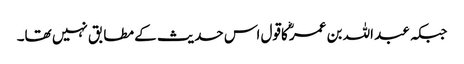
جبکہ عبد اللہ بن عمرؓ کاقول اس حدیث کے مطابق نہیں تھا۔